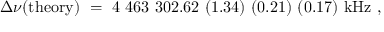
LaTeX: \Delta \nu ( \mathrm { t h e o r y } ) ~ = ~ 4 ~ 4 6 3 ~ 3 0 2 . 6 2 ~ ( 1 . 3 4 ) ~ ( 0 . 2 1 ) ~ ( 0 . 1 7 ) ~ \mathrm { k H z } ~ ,